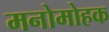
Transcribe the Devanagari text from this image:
मनोमोहक